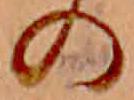
の